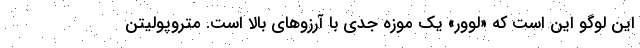
این لوگو این است که «لوور» یک موزه جدی با آرزوهای بالا است. متروپولیتن